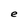
Character: e